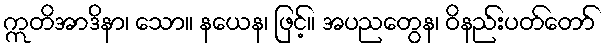
ဣတိအာဒိနာ၊ သော။ နယေန၊ ဖြင့်။ အပညတွေန၊ ဝိနည်းပတ်တော်